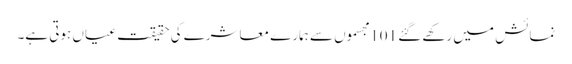
نمائش میں رکھے گئے 101 مجسموں سے ہمارے معاشرے کی حقیقت عیاں ہوتی ہے۔